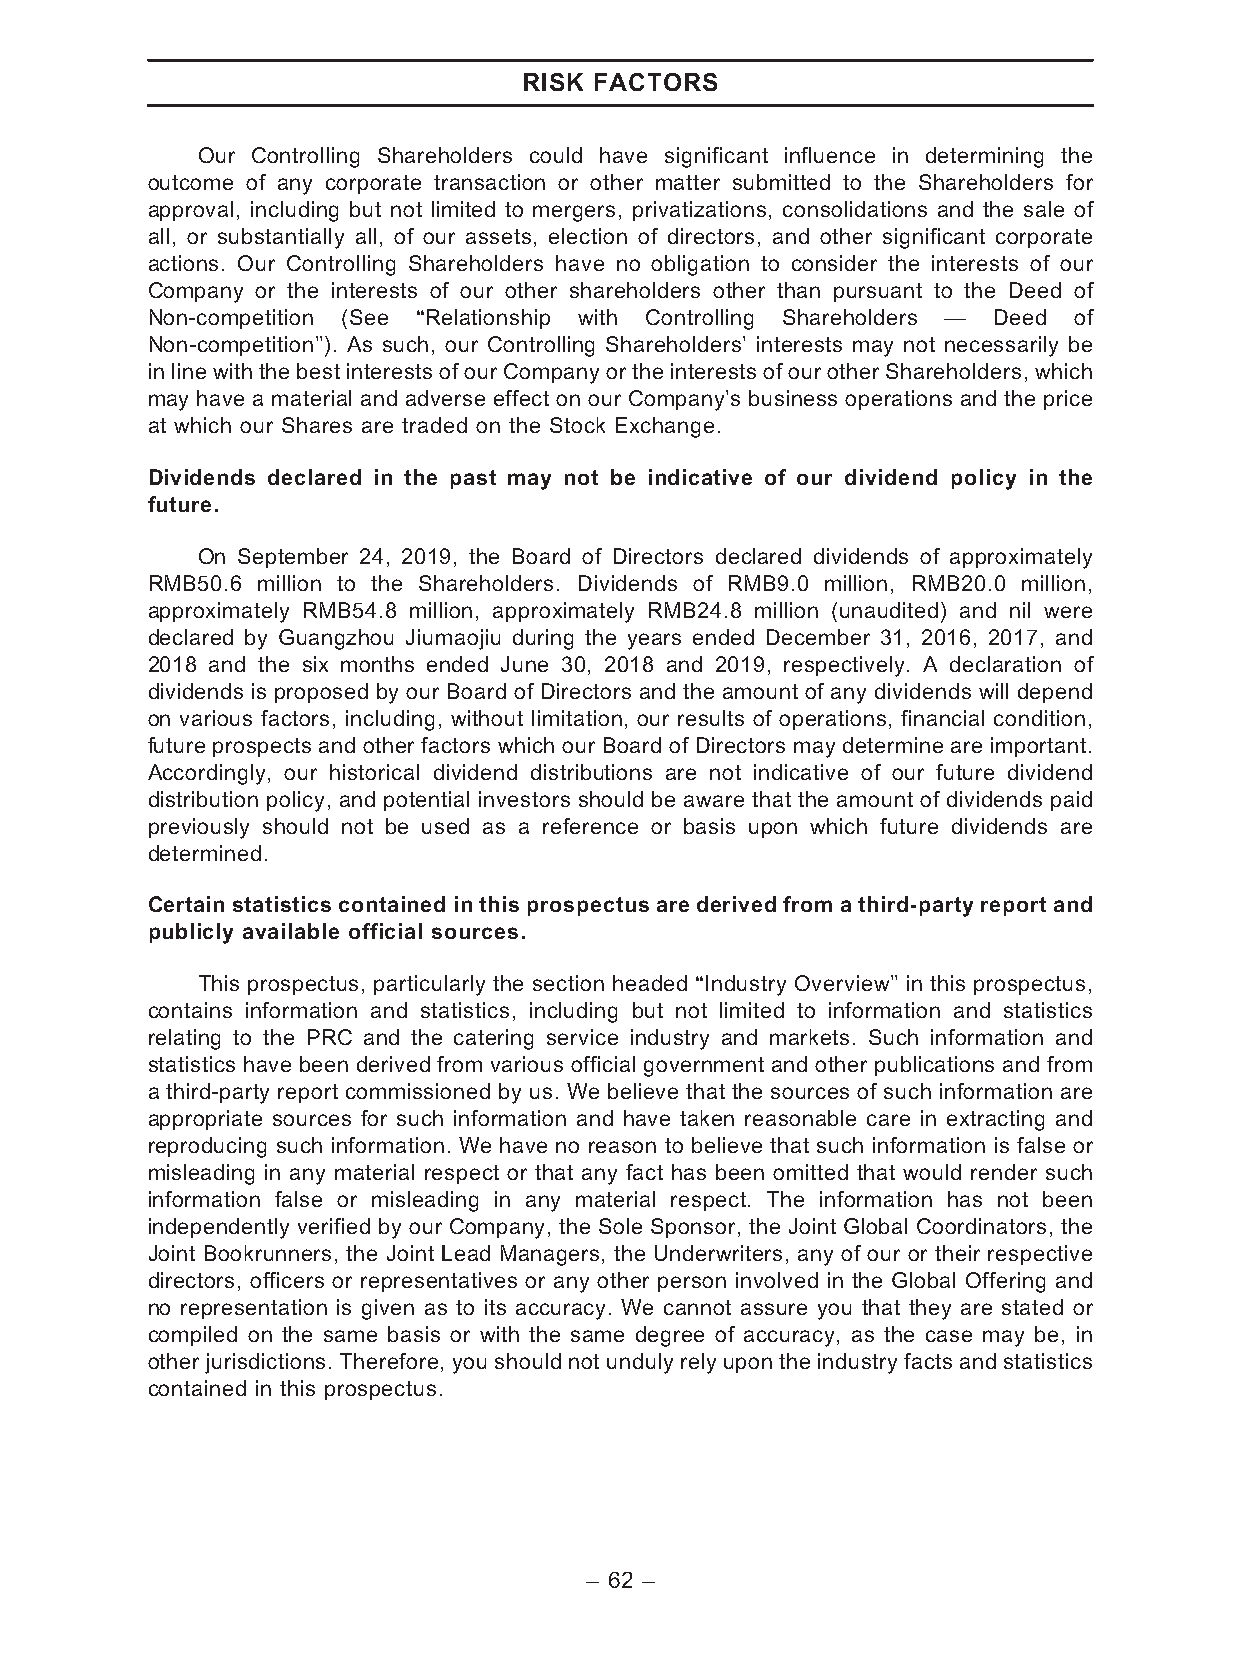
RISK FACTORS
 Our Controlling Shareholders could have significant influence in determining the
 outcome of any corporate transaction or other matter submitted to the Shareholders for
 approval, including but not limited to mergers, privatizations, consolidations and the sale of
 all, or substantially all, of our assets, election of directors, and other significant corporate
 actions. Our Controlling Shareholders have no obligation to consider the interests of our
 Company or the interests of our other shareholders other than pursuant to the Deed of
 Non-competition (See ‘‘Relationship with Controlling Shareholders — Deed of
 Non-competition’’). As such, our Controlling Shareholders’ interests may not necessarily be
 inlinewiththebestinterestsofourCompanyortheinterestsofourotherShareholders,which
 may have a material and adverse effect on our Company’s business operations and the price
 at which our Shares are traded on the Stock Exchange.
 Dividends declared in the past may not be indicative of our dividend policy in the
 future.
 On September 24, 2019, the Board of Directors declared dividends of approximately
 RMB50.6 million to the Shareholders. Dividends of RMB9.0 million, RMB20.0 million,
 approximately RMB54.8 million, approximately RMB24.8 million (unaudited) and nil were
 declared by Guangzhou Jiumaojiu during the years ended December 31, 2016, 2017, and
 2018 and the six months ended June 30, 2018 and 2019, respectively. A declaration of
 dividends is proposed by our Board of Directors and the amount of any dividends will depend
 on various factors, including, without limitation, our results of operations, financial condition,
 future prospects and other factors which our Board of Directors may determine are important.
 Accordingly, our historical dividend distributions are not indicative of our future dividend
 distribution policy, and potential investors should be aware that the amount of dividends paid
 previously should not be used as a reference or basis upon which future dividends are
 determined.
 Certainstatisticscontainedinthis prospectusare derivedfroma third-party report and
 publicly available official sources.
 This prospectus, particularly the section headed ‘‘Industry Overview’’ in this prospectus,
 contains information and statistics, including but not limited to information and statistics
 relating to the PRC and the catering service industry and markets. Such information and
 statistics have been derived from various official government and other publications and from
 a third-party report commissioned by us. We believe that the sources of such information are
 appropriate sources for such information and have taken reasonable care in extracting and
 reproducing such information. We have no reason to believe that such information is false or
 misleading in any material respect or that any fact has been omitted that would render such
 information false or misleading in any material respect. The information has not been
 independently verified by our Company, the Sole Sponsor, the Joint Global Coordinators, the
 Joint Bookrunners, the Joint Lead Managers, the Underwriters, any of our or their respective
 directors, officers or representatives or any other person involved in the Global Offering and
 no representation is given as to its accuracy. We cannot assure you that they are stated or
 compiled on the same basis or with the same degree of accuracy, as the case may be, in
 other jurisdictions. Therefore, you should not unduly rely upon the industry facts and statistics
 contained in this prospectus.
 – 62 –